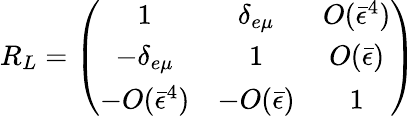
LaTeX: R_{L}=\left(\begin{array}{ccc}{{1}}&{{\delta_{e\mu}}}&{{O(\bar{\epsilon}^{4})}}\\ {{-\delta_{e\mu}}}&{{1}}&{{O(\bar{\epsilon})}}\\ {{-O(\bar{\epsilon}^{4})}}&{{-O(\bar{\epsilon})}}&{{1}}\end{array}\right)